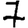
Digit: 7